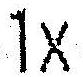
1X